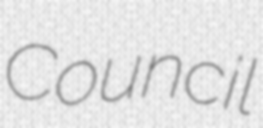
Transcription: Council